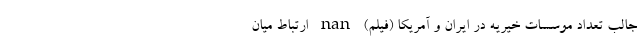
جالب تعداد موسسات خیریه در ایران و آمریکا (فیلم) nan ارتباط میان